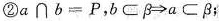
②a∩b=P，b⊂β→a⊂β；